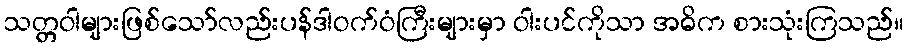
သတ္တဝါများဖြစ်သော်လည်းပန်ဒါဝက်ဝံကြီးများမှာ ဝါးပင်ကိုသာ အဓိက စားသုံးကြသည်။